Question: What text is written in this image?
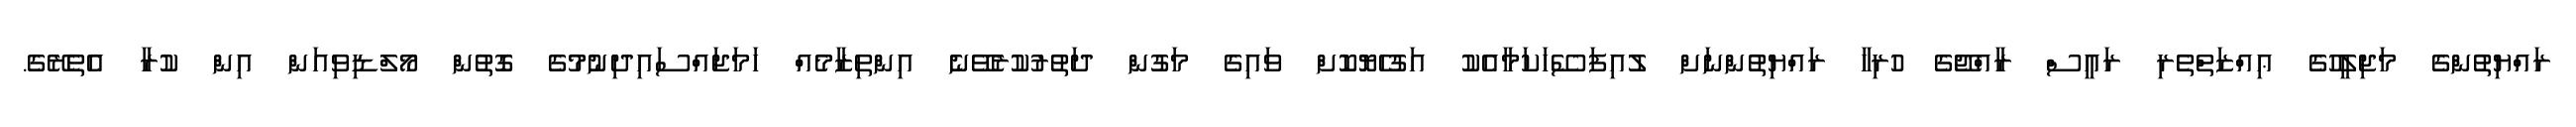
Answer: ރައްޔިތުންގެ މަޖިލީހުގެ ޢިއްޒަތްތެރި ރައީސް ރާއްޖޭގެ ހުރިހާ ރައްޔިތުންނަށް ލުއިފަސޭހަކަމާއެކު އަގުހެޔޮކޮށް ވައިގެ މަގުން ދަތުރުކުރެވޭނެ އިންތިޒާމެއް ހަމަޖައްސައިދިނުމުގެ ގޮތުން މޯލްޑިވިއަން އިން ކުރާ އެތެރޭގެ.